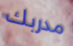
مدربك